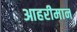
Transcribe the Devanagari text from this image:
आहरीमान